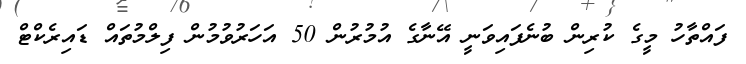
ފައްތާހު މީގެ ކުރިން ބުނެފައިވަނީ އޭނާގެ އުމުރުން 50 އަހަރުވުމުން ފިލްމުތައް ޑައިރެކްޓް